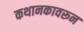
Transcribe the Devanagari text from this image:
कथानकावरून